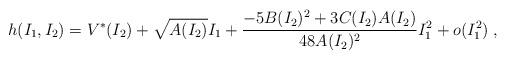
LaTeX: \begin{align*}h(I_1,I_2)=V^*(I_2)+\sqrt{A(I_2)}I_1+\frac{-5B(I_2)^2+3C(I_2)A(I_2)}{48A(I_2)^2}I_1^2+o(I_1^2)\; ,\end{align*}